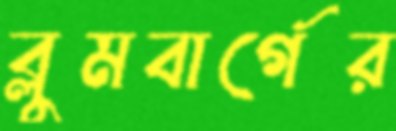
ব্লুমবার্গের